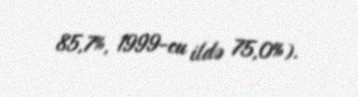
85,7%, 1999-cu ildə 75,0%).